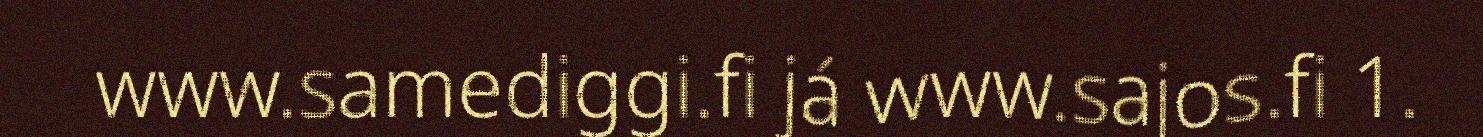
www.samediggi.fi já www.sajos.fi 1.